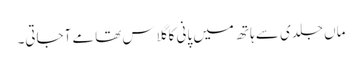
ماں جلدی سے ہاتھ میں پانی کا گلاس تھامے آجاتی۔